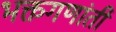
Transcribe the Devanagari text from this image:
भक्तगणांती